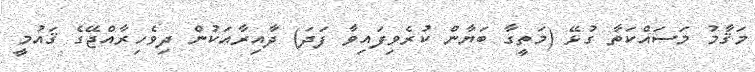
މަޤާމު މަސައްކަތާ ގުޅޭ (މަތީގާ ބަޔާން ކުރެވިފައިވާ ފަދަ) ދާއިރާއަކުން ދިވެހިރާއްޖޭގެ ޤައުމީ